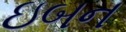
ઇબન